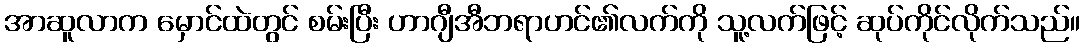
အာဆူလာက မှောင်ထဲတွင် စမ်းပြီး ဟာဂျီအီဘရာဟင်၏လက်ကို သူ့လက်ဖြင့် ဆုပ်ကိုင်လိုက်သည်။